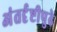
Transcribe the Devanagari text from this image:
अंतर्दृष्टीपुढे